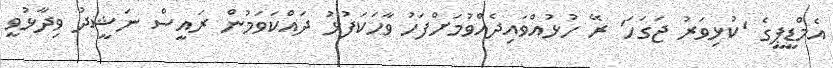
އެމްޑީޕީގެ 'ކުޅިވަރު ޖަގަހަ' ރޭ ހުޅުއްވައިދެއްވުމަށްފަހު ވާހަކަފުޅު ދައްކަވަމުން ރައީސް ނަޝީދު ވިދާޅުވީ